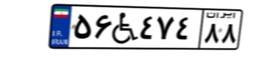
۶۲W۳۷۷۰۸